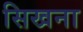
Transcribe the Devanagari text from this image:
सिखना